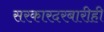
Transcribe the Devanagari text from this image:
सरकारदरबारीही